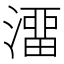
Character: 澑